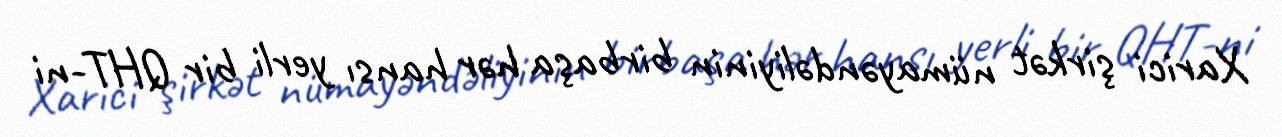
Xarici şirkət nümayəndəliyinin birbaşa hər hansı yerli bir QHT-ni